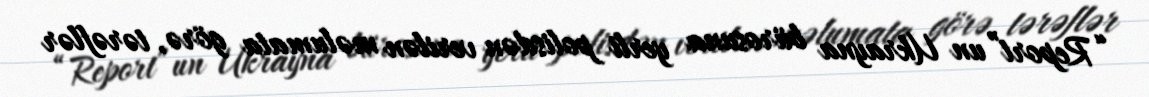
“Report”un Ukrayna bürosuna yerli polisdən verilən məlumata görə, tərəflər